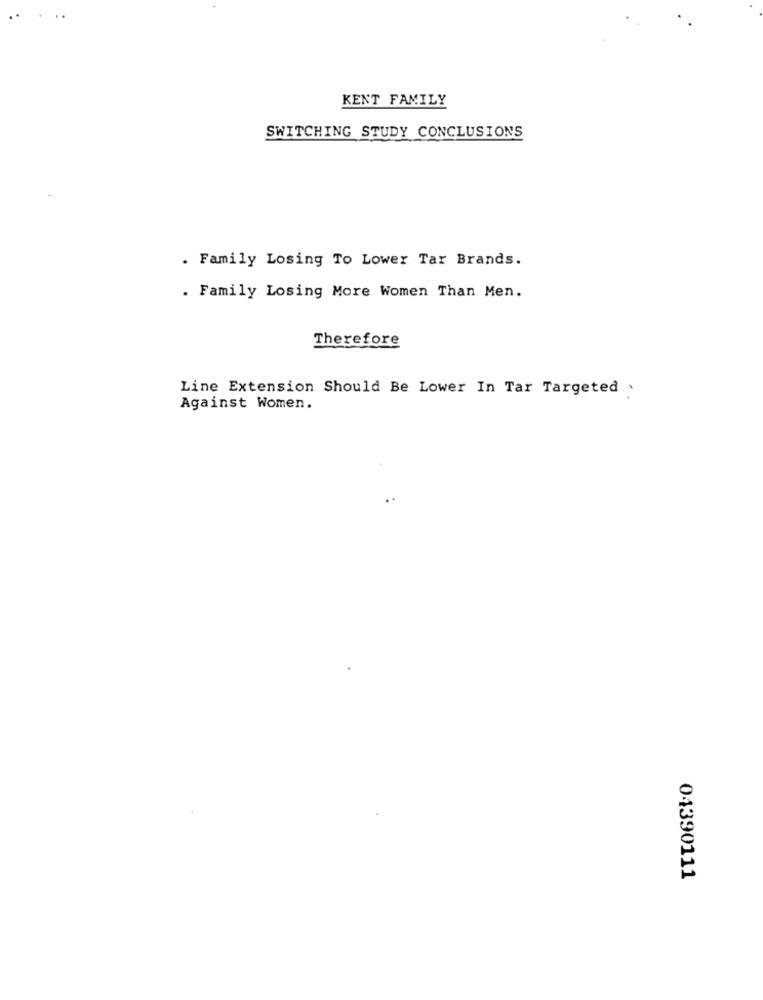
KENT FAMILY
SWITCHING STUDY CONCLUSIONS
. Family Losing To Lower Tar Brands.
. Family Losing More Women Than Men.
Therefore
Line Extension Should Be Lower In Tar Targeted .
Against Women.
04390111